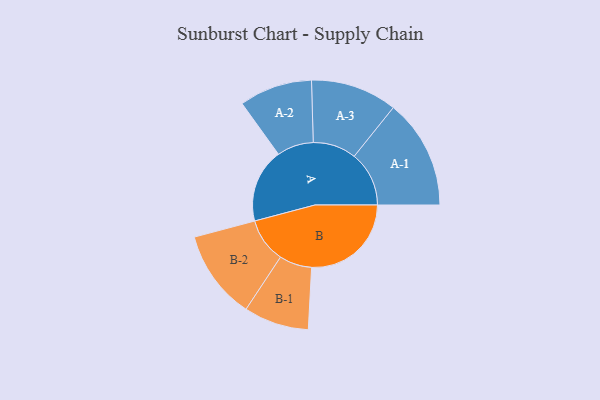
{"axis": {"x": "Segment", "y": "Value"}, "legend": ["", "A", "B"], "data": [{"x": "A", "y": 332, "type": ""}, {"x": "B", "y": 447, "type": ""}, {"x": "A-1", "y": 246, "type": "A"}, {"x": "A-2", "y": 164, "type": "A"}, {"x": "A-3", "y": 194, "type": "A"}, {"x": "B-1", "y": 146, "type": "B"}, {"x": "B-2", "y": 200, "type": "B"}]}